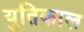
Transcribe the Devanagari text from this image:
युतिकाल